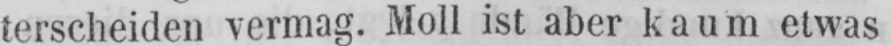
terscheiden vermag. Moll ist aber kaum etwas